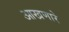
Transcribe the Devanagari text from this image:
आखणारे